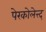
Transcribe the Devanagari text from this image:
पेरकोलेत्त्द्